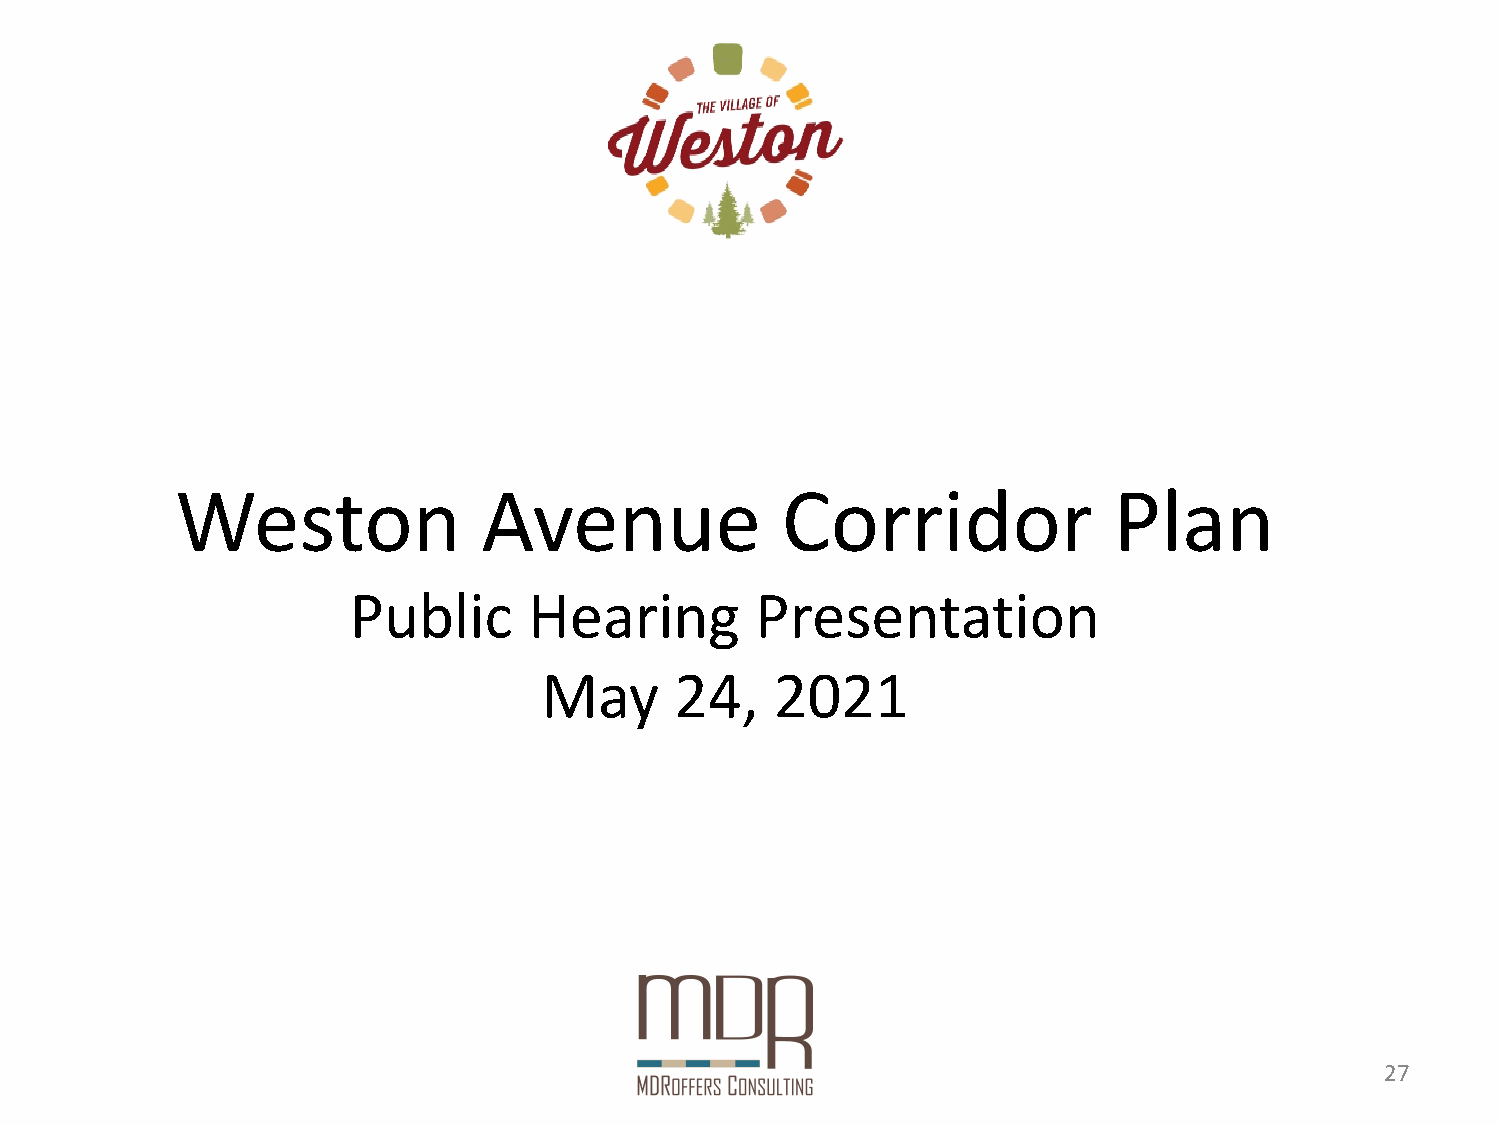
Weston              Avenue              Corridor              Plan
 Public      Hearing        Presentation
 May      24,   2021
 27